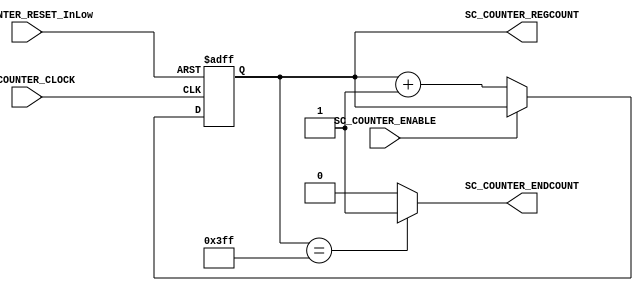
//****************************************
// Code taken from book: FPGA PROTOTYPING BY VERILOG EXAMPLES - Pong P. Chu
// Adapted by: Jhoan Esteban Len
//****************************************

//=======================================================
//  MODULE Definition
//=======================================================

module SC_COUNTER #(parameter N=10)
(

	//////////// INPUTS //////////
	input wire SC_COUNTER_CLOCK,
	input wire SC_COUNTER_RESET_InLow,
	
	input wire SC_COUNTER_ENABLE,
	
	//////////// OUTPUTS ////////// 
	output wire [N-1:0] SC_COUNTER_REGCOUNT, //Output bus for count
	output wire SC_COUNTER_ENDCOUNT //Output flag for end of count

);

//=======================================================
//  REG/WIRE declarations
//=======================================================

reg [N-1:0] R_Register; //Registers for sequential part of counter
reg [N-1:0] R_Next;

//=======================================================
//  Structural coding
//=======================================================


//INPUT LOGIC: COMBINATIONAL
always @(*)
begin
	if (SC_COUNTER_ENABLE == 1'b0)
		R_Next = R_Register + 1'b1;
	else
		R_Next = R_Register;
end


//STATE REGISTER: SEQUENTIAL
always @(posedge SC_COUNTER_CLOCK, negedge SC_COUNTER_RESET_InLow)
	if (SC_COUNTER_RESET_InLow == 1'b0)
		R_Register <= 10'b0000000000;
	else
		R_Register <= R_Next;


//OUTPUT LOGIC: COMBINATIONAL
assign SC_COUNTER_REGCOUNT = R_Register;
assign SC_COUNTER_ENDCOUNT = (R_Register == 2**N - 1)? 1'b1 : 1'b0;
//assign CC_COUNTER_ENDCOUNT = (R_Register == 8'b00001111)? 1'b1 : 1'b0; //Alternative form to comparate output


endmodule